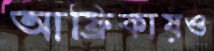
আফ্রিকায়ও